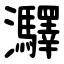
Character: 㶠